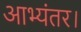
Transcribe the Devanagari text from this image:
आभ्यंतर।